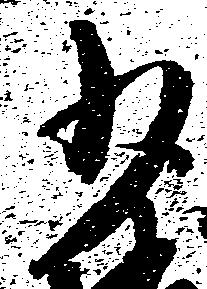
少